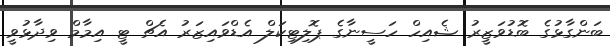
ބަންގާޅުގެ ބޮޑުވަޒީރު ޝެއިހް ހަސީނާގެ ޕޮލިޓިކަލް އެޑްވައިޒަރު އެޗް ޓީ އިމާމް ވިދާޅުވީ